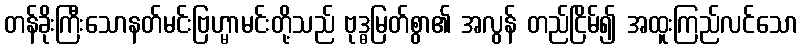
တန်ခိုးကြီးသောနတ်မင်းဗြဟ္မာမင်းတို့သည် ဗုဒ္ဓမြတ်စွာ၏ အလွန် တည်ငြိမ်၍ အထူးကြည်လင်သော